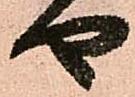
や